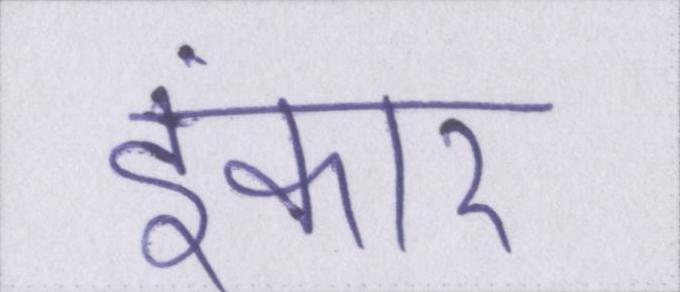
इंकार